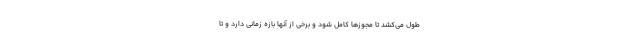
طول می‌کشد تا مجوزها کامل شود و برخی از آنها بازه زمانی دارد و تا